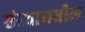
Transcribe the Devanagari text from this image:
संस्थामधील